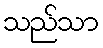
သည်သာ